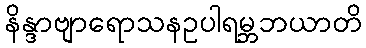
နိန္ဒာဗျာရောသနဥပါရမ္ဘဘယာတိ